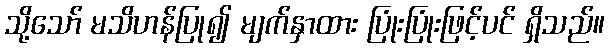
သို့သော် မသိဟန်ပြု၍ မျက်နှာထား ပြုံးပြုံးဖြင့်ပင် ရှိသည်။